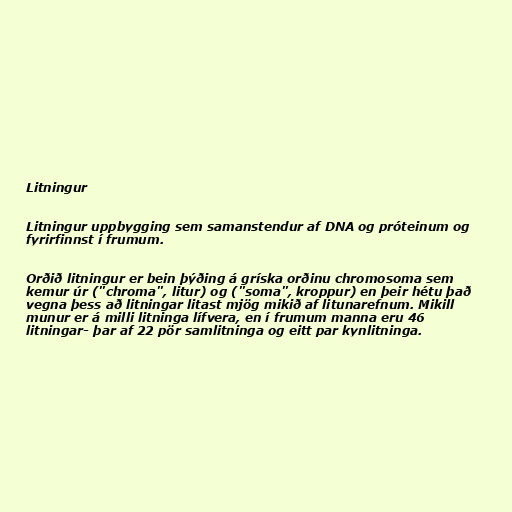
Litningur

Litningur uppbygging sem samanstendur af DNA og próteinum og
fyrirfinnst í frumum.

Orðið litningur er bein þýðing á gríska orðinu chromosoma sem
kemur úr ("chroma", litur) og ("soma", kroppur) en þeir hétu það
vegna þess að litningar litast mjög mikið af litunarefnum. Mikill
munur er á milli litninga lífvera, en í frumum manna eru 46
litningar- þar af 22 pör samlitninga og eitt par kynlitninga.